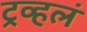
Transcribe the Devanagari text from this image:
ट्रव्हलं